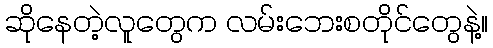
ဆိုနေတဲ့လူတွေက လမ်းဘေးစတိုင်တွေနဲ့။